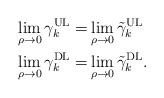
LaTeX: \begin{align*}\lim_{\rho\to 0}\gamma_k^\mathrm{UL} =& \lim_{\rho\to 0}\tilde{\gamma}_k^\mathrm{UL} \\\lim_{\rho\to 0}\gamma_k^\mathrm{DL} =& \lim_{\rho\to 0}\tilde{\gamma}_k^\mathrm{DL}.\end{align*}